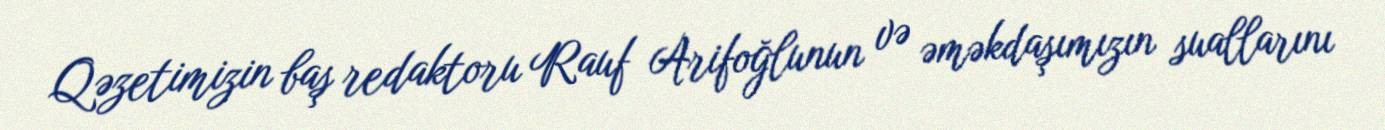
Qəzetimizin baş redaktoru Rauf Arifoğlunun və əməkdaşımızın suallarını